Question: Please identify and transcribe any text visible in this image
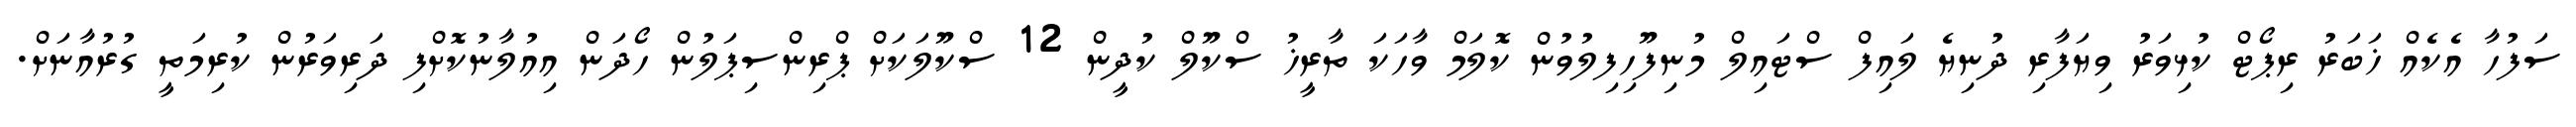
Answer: ސަފުހާ އެކެއް ޚަބަރު ރިޕޯޓް ކުޅިވަރު ވިޔަފާރި ދުނިޔެ ލައިފް ސްޓައިލް މުނިފޫހިފިލުވުން ކޮލަމް ވާހަކަ ތާރީޚު ސްކޫލް ކުދީން 12 ސްކޫލަކަށް ޕްރިންސިޕަލުން ހޯދަން އިއުލާނުކޮށްފި ދަރިވަރުން ކުރިމަތީ ގުރުއާނަށް.